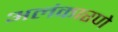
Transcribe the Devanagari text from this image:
अलंकारणे